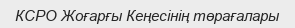
КСРО Жоғарғы Кеңесінің төрағалары